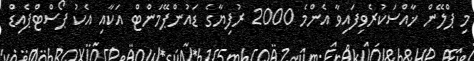
މި ޕްލޭން ޚާއްސަކުރެވިފައިވާ އެންމެ 2000 ރުފިޔާގެ ޑައުންޕޭމަންޓް އަކާއި އެކު ޕޯސްޓްޕެއިޑް